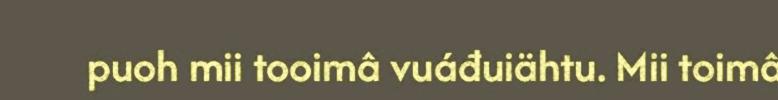
puoh mii tooimâ vuáđuiähtu. Mii toimâ